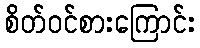
စိတ်ဝင်စားကြောင်း